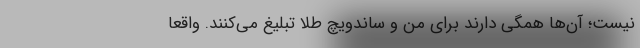
نیست؛ آن‌ها همگی دارند برای من و ساندویچ طلا تبلیغ می‌کنند. واقعا